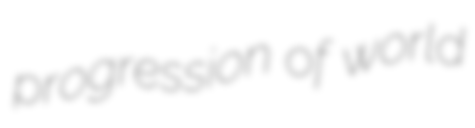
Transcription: progression of world